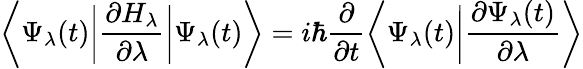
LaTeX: {\bigg\langle}\Psi_{\lambda}(t){\bigg|}{\frac{\partial H_{\lambda}}{\partial\lambda}}{\bigg|}\Psi_{\lambda}(t){\bigg\rangle}=i\hbar{\frac{\partial}{\partial t}}{\bigg\langle}\Psi_{\lambda}(t){\bigg|}{\frac{\partial\Psi_{\lambda}(t)}{\partial\lambda}}{\bigg\rangle}